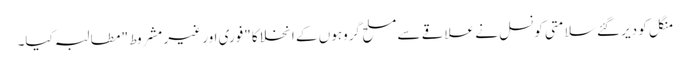
منگل کو دیر گئے سلامتی کونسل نے علاقے سے مسلح گروہوں کے انخلا کا "فوری اور غیر مشروط" مطالبہ کیا۔